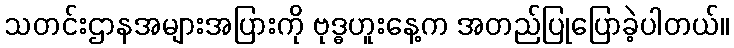
သတင်းဌာနအများအပြားကို ဗုဒ္ဓဟူးနေ့က အတည်ပြုပြောခဲ့ပါတယ်။